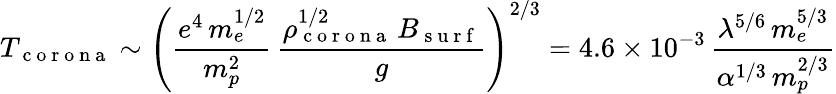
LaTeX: T_{\mathrm{~c~o~r~o~n~a~}}\sim\left(\frac{e^{4}\, m_{e}^{1/2}}{m_{p}^{2}}\, \frac{\rho_{\mathrm{~c~o~r~o~n~a~}}^{1/2}\, B_{\mathrm{~s~u~r~f~}}}{g}\right)^{2/3}=4.6\times 10^{-3}\, \frac{\lambda^{5/6}\, m_{e}^{5/3}}{\alpha^{1/3}\, m_{p}^{2/3}}